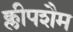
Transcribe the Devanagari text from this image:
क्लीपशैम